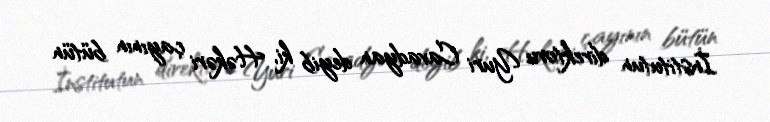
İnstitutun direktoru Yuri Cavadyan deyib ki, Həkəri çayının bütün